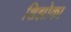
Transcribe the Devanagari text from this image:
शिझोका